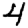
Digit: 4